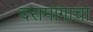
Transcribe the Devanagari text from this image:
दरामागाचा